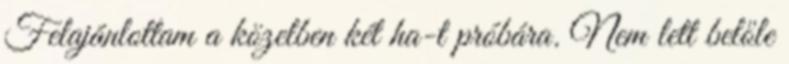
Felajánlottam a közelben két ha-t próbára. Nem lett belőle